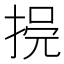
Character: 𢮺